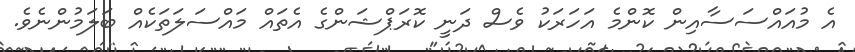
އެ މުއައްސަސާއިން ކޮންމެ އަހަރަކު ވެސް ދަނީ ކޮރަޕްޝަންގެ އެތައް މައްސަލަތަކެއް ބަލަމުންނެވެ.